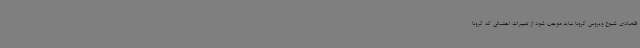
قتصادی شیوع ویروس کرونا نباید موجب شود از تغییرات احتمالی که کرونا